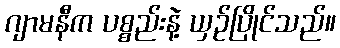
ဂျာမနီက ပစ္စည်းနဲ့ ယှဉ်ပြိုင်သည်။